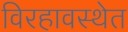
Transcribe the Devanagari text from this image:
विरहावस्थेत